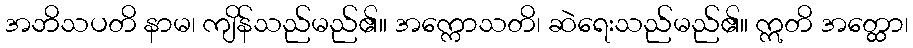
အဘိသပတိ နာမ၊ ကျိန်သည်မည်၏။ အက္ကောသတိ၊ ဆဲရေးသည်မည်၏။ ဣတိ အတ္ထော၊